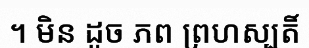
។ មិន ដូច ភព ព្រហស្បតិ៍